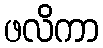
ဖလိကာ